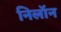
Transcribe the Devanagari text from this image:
निलॉन